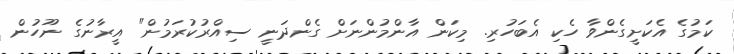
ކަމުގެ އެކަށީގެންވާ ހެކި އެބަހުރި. މިކަން އާންމުންނަށް ގެންދަނީ ސިއްރުކުރަމުން" އީރާނުގެ ނޫހުން